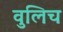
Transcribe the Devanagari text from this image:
वुलिच